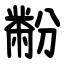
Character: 黺